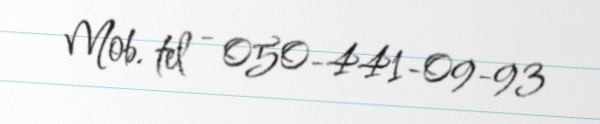
Mob. tel - 050-441-09-93